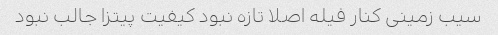
سیب زمینی کنار فیله اصلا تازه نبود کیفیت پیتزا جالب نبود